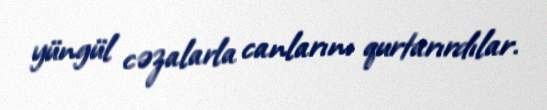
yüngül cəzalarla canlarını qurtarırdılar.